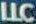
LLC